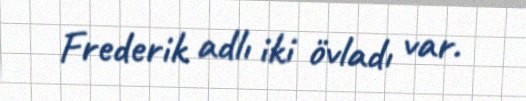
Frederik adlı iki övladı var.